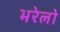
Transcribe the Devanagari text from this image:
भरेलो